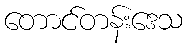
တောင်တန်းဒေသ